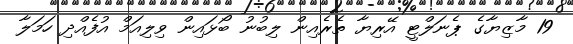
19 މާޒިޔާގެ ޕެނަލްޓީ އޭރިޔާ ތެރެއިން ލިބުނު ބޯޅައިން ވިލިއަމް އުފެއްދި ހަމަލާ